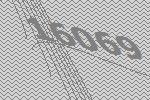
16069